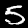
Label: 5